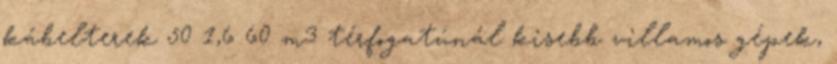
kábelterek 50 1,6 60 m3 térfogatúnál kisebb villamos gépek,